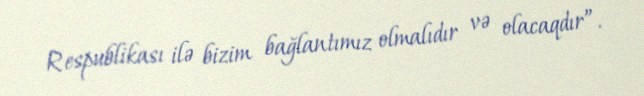
Respublikası ilə bizim bağlantımız olmalıdır və olacaqdır”.